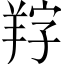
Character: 𦍺